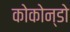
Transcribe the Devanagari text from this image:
कोकोन्डो